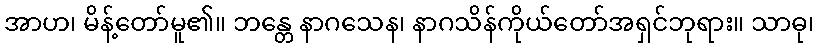
အာဟ၊ မိန့်တော်မူ၏။ ဘန္တေ နာဂသေန၊ နာဂသိန်ကိုယ်တော်အရှင်ဘုရား။ သာဓု၊